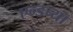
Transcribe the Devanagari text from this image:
एन्डच्या